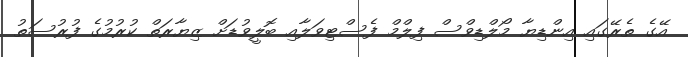
އޭގެ ތެރޭގައި އިންޑިޔާ މޯލްޑިވްސް ފިލްމް ފެސްޓިވަލާއި ބޮލީވުޑަށް ޒިޔާރަތް ކުރުމުގެ ފުރުސަތު